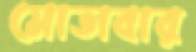
মোতাবার